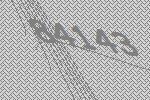
84143